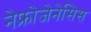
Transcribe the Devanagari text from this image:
नेफ्रोजेनेसिस